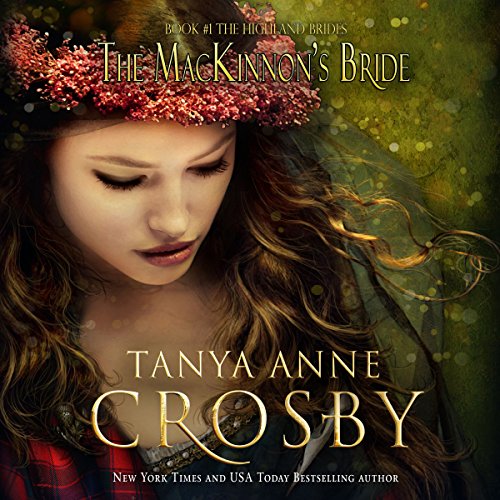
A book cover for The MacKinnon's Bride: Highland Brides, Book 1; Tanya Anne Crosby; Romance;